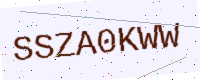
Text: SSZA0KWW